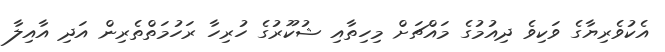
އެކުވެރިޔާގެ ވަކިވެ ދިއުމުގެ މައްޗަށް މިހިތާއި ޝުކޫރުގެ ހުރިހާ ރަހުމަތްތެރިން އަދި އާއިލާ